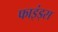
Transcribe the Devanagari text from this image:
फाइंड्स